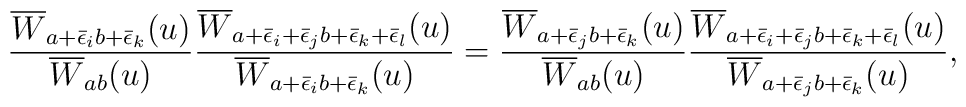
\frac{\overline{W}_{a+\bar{\epsilon }_i b+\bar{\epsilon }_k}(u)}{\overline{W}_{ab}(u)}\frac{\overline{W}_{a+\bar{\epsilon }_i +\bar{\epsilon }_jb+\bar{\epsilon }_k +\bar{\epsilon }_l}(u)}{\overline{W}_{a+\bar{\epsilon }_i b+\bar{\epsilon }_k}(u)}=\frac{\overline{W}_{a+\bar{\epsilon }_j b+\bar{\epsilon }_k}(u)}{\overline{W}_{ab}(u)}\frac{\overline{W}_{a+\bar{\epsilon }_i +\bar{\epsilon }_jb+\bar{\epsilon }_k +\bar{\epsilon }_l}(u)}{\overline{W}_{a+\bar{\epsilon }_j b+\bar{\epsilon }_k}(u)},